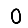
Digit: 0